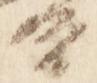
督